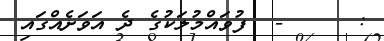
:     -  ފުވައްމުލަކުގެ ދެ އަވަށެއްގައި